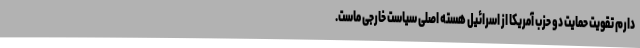
دارم تقویت حمایت دو حزب آمریکا از اسرائیل هسته اصلی سیاست خارجی ماست.